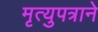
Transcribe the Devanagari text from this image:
मृत्युपत्राने